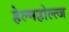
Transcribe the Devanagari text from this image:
हेल्महोल्त्ज